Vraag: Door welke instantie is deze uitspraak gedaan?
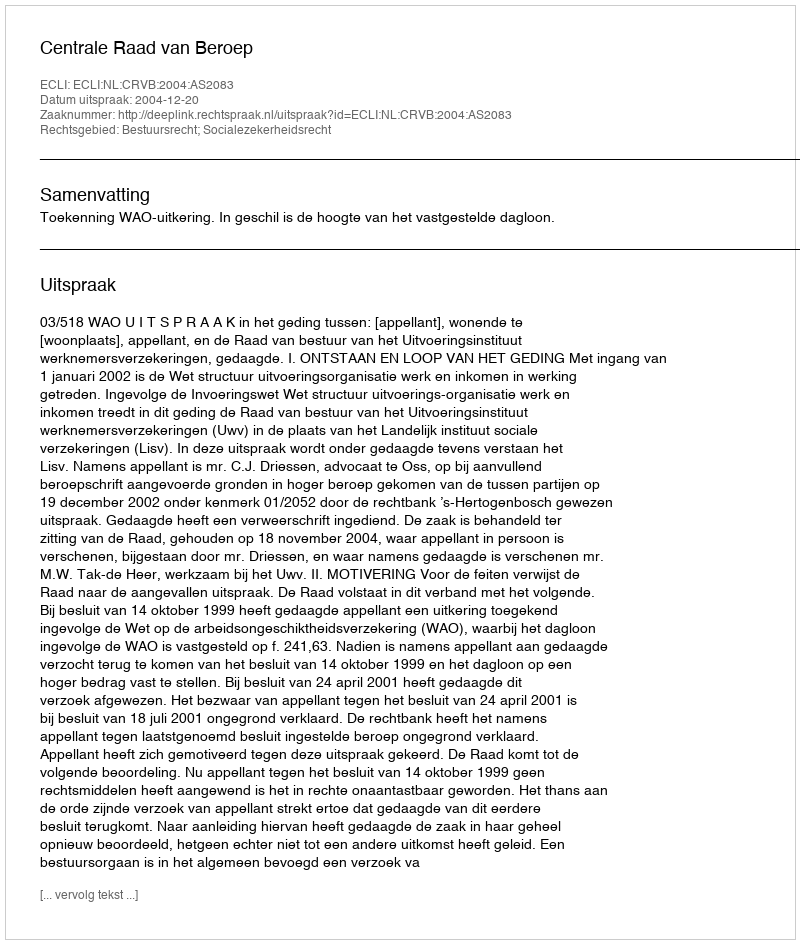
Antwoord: Centrale Raad van Beroep